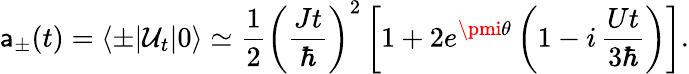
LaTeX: \mathsf{a}_{\pm}(t)=\langle\pm|{\mathcal{{U}}}_{t}|0\rangle\simeq\frac{{1}}{{2}}\left(\frac{{Jt}}{{\hbar}}\right)^{2}\left[1+2e^{\pmi\theta}\left(1-i\, \frac{{Ut}}{{3\hbar}}\right)\right].